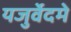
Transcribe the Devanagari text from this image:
यजुर्वेदमे